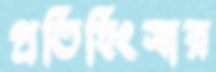
প্রতিহিংসার